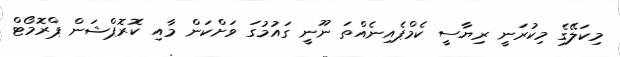
މިކަލޭގެ މިކުރަނީ ރިޔާސީ ކެމްޕެއިނެއްތަ ނޫނީ ގައުމުގަ ވަށްކަން މާއި ކޮރޮޕްޝަން ޕްރޮމޯޓް